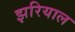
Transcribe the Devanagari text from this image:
झरियाल